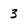
Character: 3